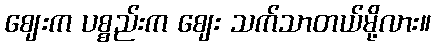
ဈေးက ပစ္စည်းက ဈေး သက်သာတယ်မို့လား။